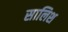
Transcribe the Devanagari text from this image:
सालिश